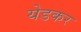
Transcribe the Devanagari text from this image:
येडकर